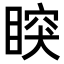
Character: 𥈳